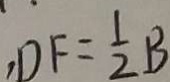
, D F = \frac { 1 } { 2 } B